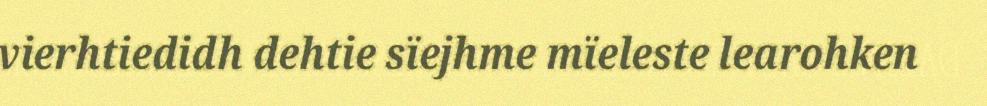
vierhtiedidh dehtie sïejhme mïeleste learohken